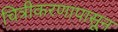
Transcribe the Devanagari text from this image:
चित्रीकरणापासून